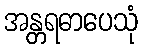
အန္တရဓာပေသုံ